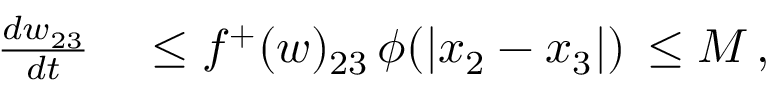
\begin{array} { r l } { \frac { d w _ { 2 3 } } { d t } } & { { } \leq f ^ { + } ( w ) _ { 2 3 } \, \phi ( | x _ { 2 } - x _ { 3 } | ) \, \leq M \, , } \end{array}